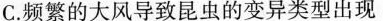
C.频繁的大风导致昆虫的变异类型出现